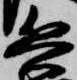
兵